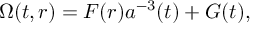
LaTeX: \Omega ( t , r ) = F ( r ) a ^ { - 3 } ( t ) + G ( t ) ,